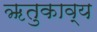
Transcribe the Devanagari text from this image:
ॠतुकाव्य